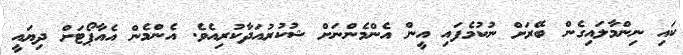
ކައި ނިންމާލައިގެން ބޭރަށް ނުކުމެފައި އީން އެންމެންނަށް ޝުކުރުއަދާކުރިއެވެ. އެންމެން އެއާޕޯޓަށް ދިޔައީ